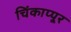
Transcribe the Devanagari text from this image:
चिंकाप्पूर